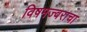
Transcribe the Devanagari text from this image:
विषमज्वराचा